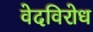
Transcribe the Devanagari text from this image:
वेदविरोध